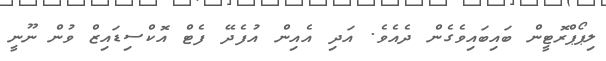
ލިޕޯޕްރޮޓީން ބައިބައިވެގެން ދެއެވެ. އަދި އެއިން އުފެދޭ ފެޓް އޮކްސިޑައިޒް ވުން ނޫނީ